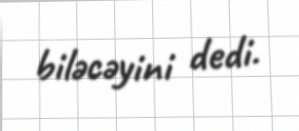
biləcəyini dedi.